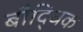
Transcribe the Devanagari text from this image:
बौदि्धक